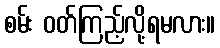
စမ်း ဝတ်ကြည့်လို့ရမလား။